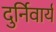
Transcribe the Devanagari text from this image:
दुर्निवार्य